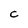
Character: C